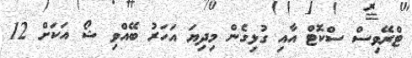
ޓްރޭވިސް ސްކޮޓް އާއި ގުޅިގެން މިދިޔަ އަހަރު ބޭއްވި ޝޯ އަކަށް 12